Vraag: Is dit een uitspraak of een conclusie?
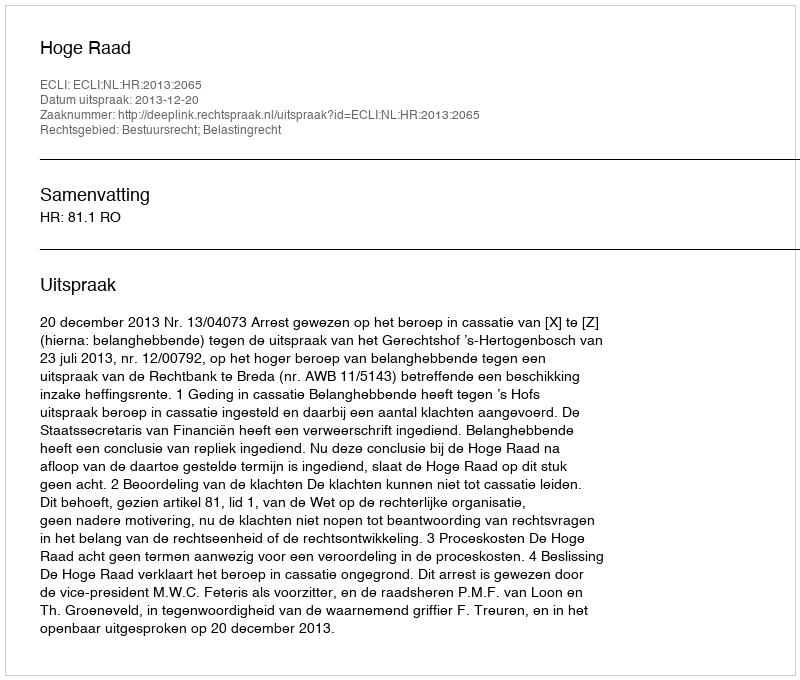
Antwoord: Uitspraak